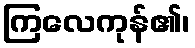
ကြလေကုန်၏၊